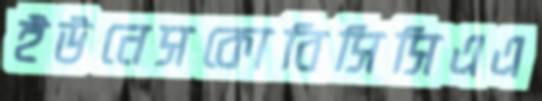
ইউনেসকোবিসিসিএএ